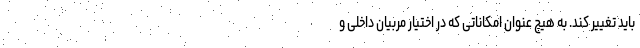
باید تغییر کند. به هیچ عنوان امکاناتی که در اختیار مربیان داخلی و